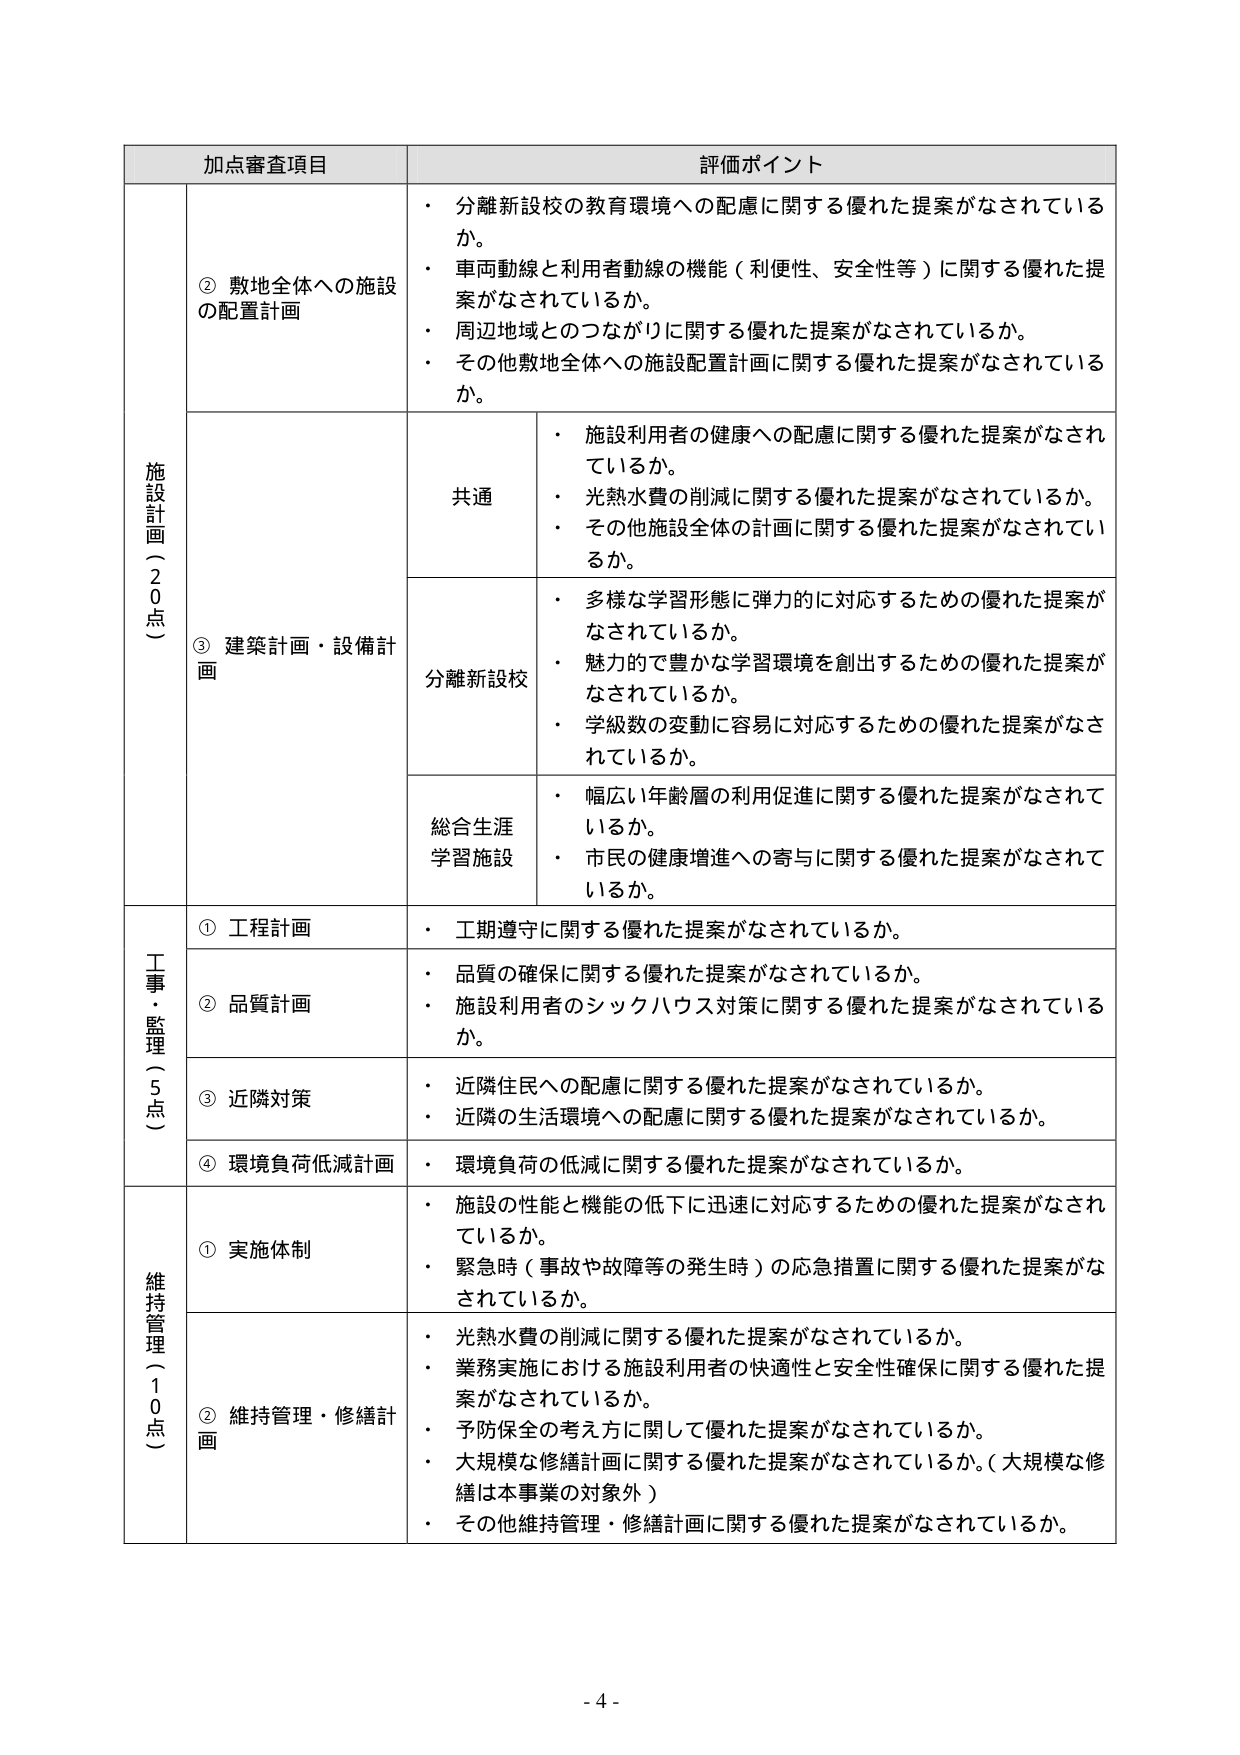
加点審査項目 評価ポイント
施設計画（20点）
② 敷地全体への施設の配置計画
・ 分離新設校の教育環境への配慮に関する優れた提案がなされているか。
・ 車両動線と利用者動線の機能（利便性、安全性等）に関する優れた提案がなされているか。
・ 周辺地域とのつながりに関する優れた提案がなされているか。
・ その他敷地全体への施設配置計画に関する優れた提案がなされているか。
③ 建築計画・設備計画
共通
・ 施設利用者の健康への配慮に関する優れた提案がなされているか。
・ 光熱水費の削減に関する優れた提案がなされているか。
・ その他施設全体の計画に関する優れた提案がなされているか。
分離新設校
・ 多様な学習形態に弾力的に対応するための優れた提案がなされているか。
・ 魅力的で豊かな学習環境を創出するための優れた提案がなされているか。
・ 学級数の変動に容易に対応するための優れた提案がなされているか。
総合生涯学習施設
・ 幅広い年齢層の利用促進に関する優れた提案がなされているか。
・ 市民の健康増進への寄与に関する優れた提案がなされているか。
工事・監理（5点）
① 工程計画
・ 工期遵守に関する優れた提案がなされているか。
② 品質計画
・ 品質の確保に関する優れた提案がなされているか。
・ 施設利用者のシックハウス対策に関する優れた提案がなされているか。
③ 近隣対策
・ 近隣住民への配慮に関する優れた提案がなされているか。
・ 近隣の生活環境への配慮に関する優れた提案がなされているか。
④ 環境負荷低減計画
・ 環境負荷の低減に関する優れた提案がなされているか。
維持管理（10点）
① 実施体制
・ 施設の性能と機能の低下に迅速に対応するための優れた提案がなされているか。
・ 緊急時（事故や故障等の発生時）の応急措置に関する優れた提案がなされているか。
② 維持管理・修繕計画
・ 光熱水費の削減に関する優れた提案がなされているか。
・ 業務実施における施設利用者の快適性と安全性確保に関する優れた提案がなされているか。
・ 予防保全の考え方に関して優れた提案がなされているか。
・ 大規模な修繕計画に関する優れた提案がなされているか。（大規模な修繕は本事業の対象外）
・ その他維持管理・修繕計画に関する優れた提案がなされているか。
- 4 -